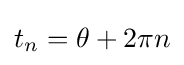
t_{n}=\theta +2\pi n